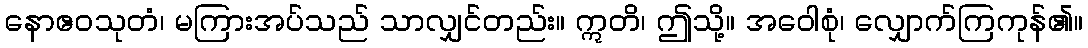
နောဧဝသုတံ၊ မကြားအပ်သည် သာလျှင်တည်း။ ဣတိ၊ ဤသို့။ အဝေါစုံ၊ လျှောက်ကြကုန်၏။